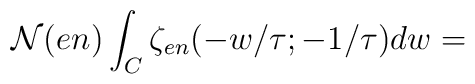
{\cal N}(en)\int_{C} \zeta_{en}(-w/\tau;-1/\tau)dw=